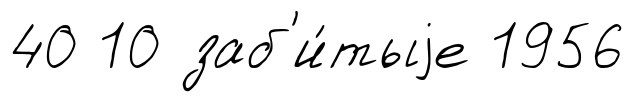
40 10 заб'и́тыjе 1956